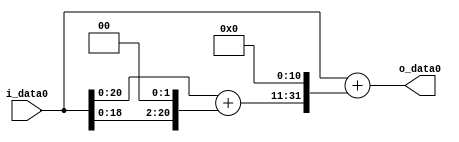
module multiplier_block (
    i_data0,
    o_data0
);

  // Port mode declarations:
  input   [31:0] i_data0;
  output  [31:0]
    o_data0;

  //Multipliers:

  wire [31:0]
    w1,
    w4,
    w5,
    w10240,
    w10241;

  assign w1 = i_data0;
  assign w10240 = w5 << 11;
  assign w10241 = w1 + w10240;
  assign w4 = w1 << 2;
  assign w5 = w1 + w4;

  assign o_data0 = w10241;

  //multiplier_block area estimate = 2714.34246185294;
endmodule